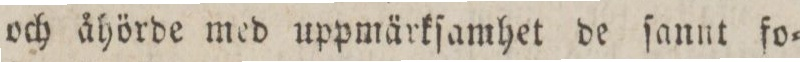
och åhörde med uppmärkſamhet de ſannt fo=